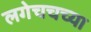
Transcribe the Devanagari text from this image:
लगेचचच्या